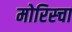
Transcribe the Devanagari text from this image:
मोरिस्चा